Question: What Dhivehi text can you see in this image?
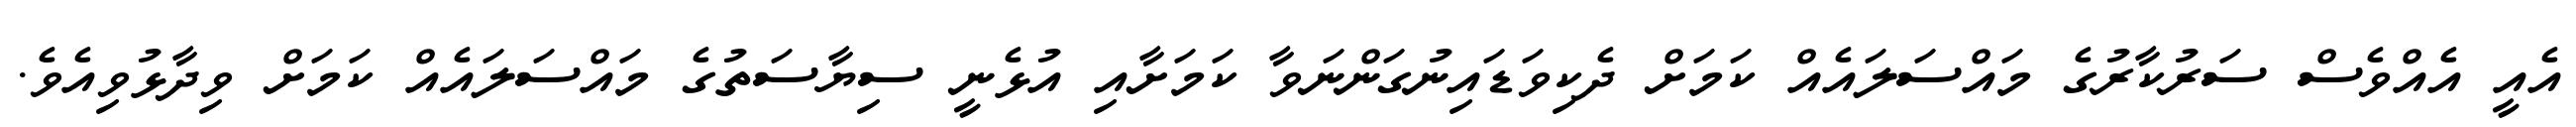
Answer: އެއީ އެއްވެސް ސަރުކާރުގެ މައްސަލައެއް ކަމަށް ދެކިވަޑައިނުގަންނަވާ ކަމަށާއި އުޅެނީ ސިޔާސަތުގެ މައްސަލައެއް ކަމަށް ވިދާޅުވިއެވެ.